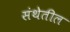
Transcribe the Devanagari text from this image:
संथेतील